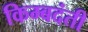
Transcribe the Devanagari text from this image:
किम्बदंती